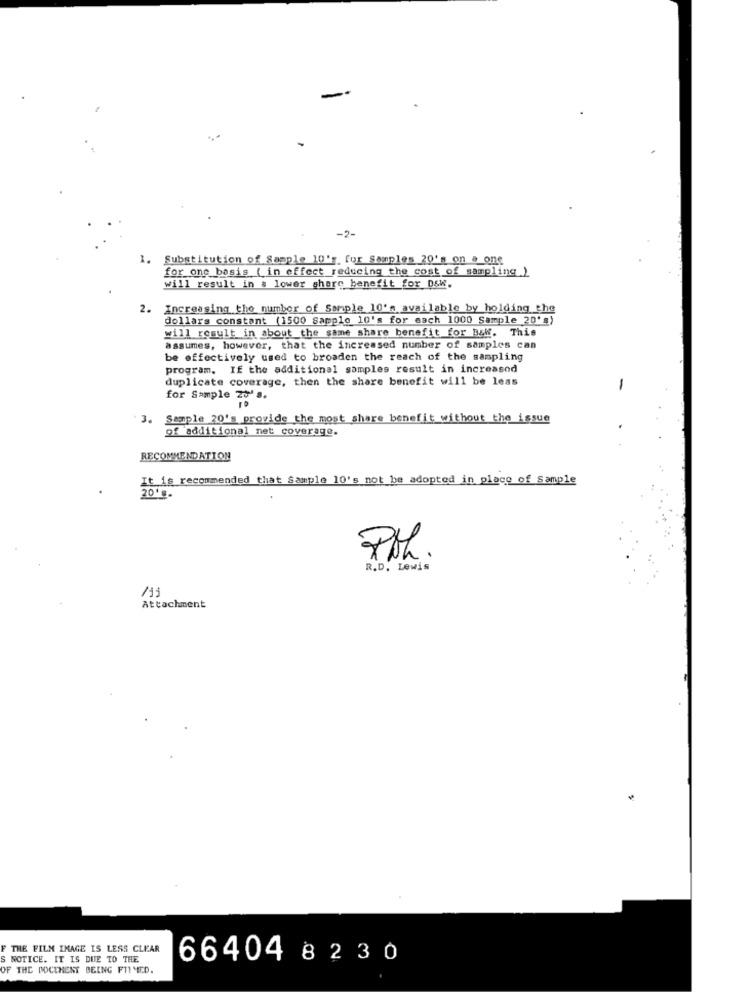
-2-
1. Substitution of Sample 10'r. for Samples 20's on a one
for one basis ( in effect reducing the cost of sampling.)
will result in a lower share benefit for D&W.
2.
Increasing the number of Sample 10's available by holding the
dollars constant (1500 Samplo 10's for each 1000 Sample 20's)
will result in about the same share benefit for B&W. This
assumes, however, that the increased number of samples can
be effectively used to broaden the reach of the sampling
program. If the additional samples result in increased
duplicate coverage, then the share benefit will be less
-
for Sample 20's.
10
3.
Sample 20's provide the most share benefit without the issue
of additional net coverage.
RECOMMENDATION
It is recommended that sample 10's not be adopted in place of sample
20' g.
Poh .
R.D. Lewis
Attachment
THE FILM IMAGE IS LESS CLEAR
S NOTICE. IT IS DUE TO THE
66404 82 30
OF THE DOCTHENT BEING FITMED.